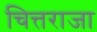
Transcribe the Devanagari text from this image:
चित्तराजा